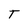
Character: T